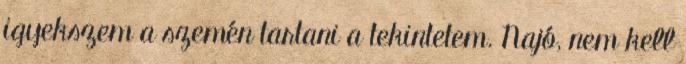
igyekszem a szemén tartani a tekintetem. Najó, nem kell